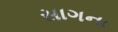
સાગના